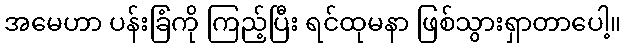
အမေဟာ ပန်းခြံကို ကြည့်ပြီး ရင်ထုမနာ ဖြစ်သွားရှာတာပေါ့။